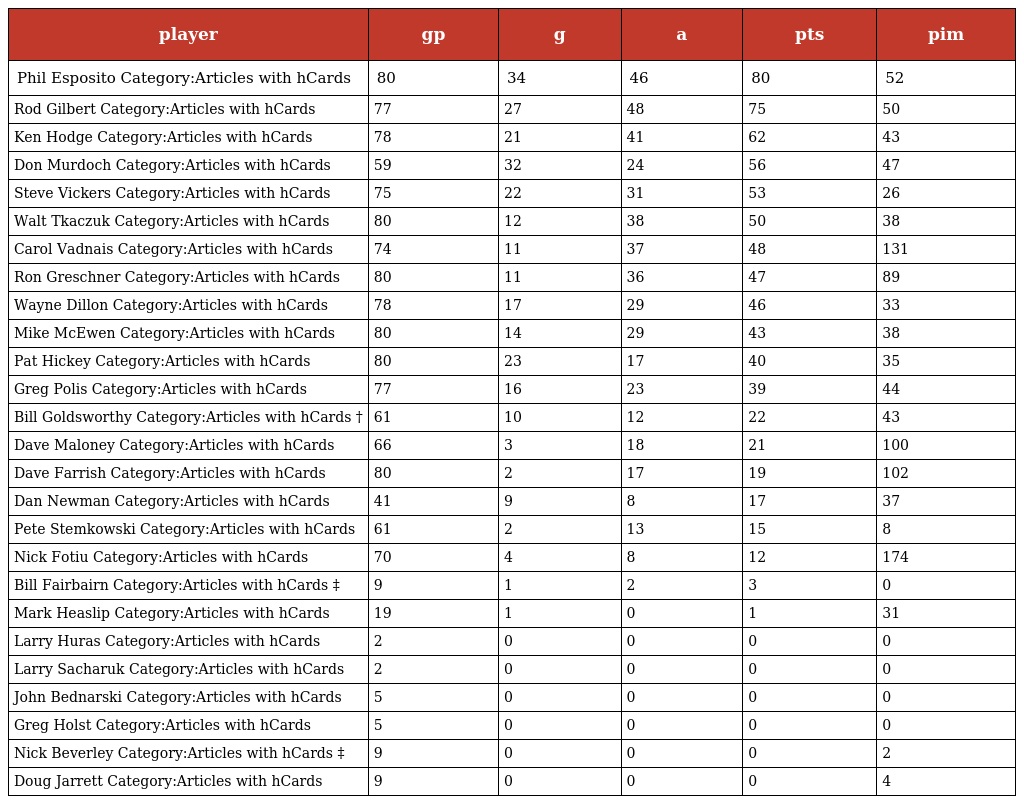
| player | gp | g | a | pts | pim |
 | --- | --- | --- | --- | --- | --- |
 | Phil Esposito Category:Articles with hCards | 80 | 34 | 46 | 80 | 52 |
 | Rod Gilbert Category:Articles with hCards | 77 | 27 | 48 | 75 | 50 |
 | Ken Hodge Category:Articles with hCards | 78 | 21 | 41 | 62 | 43 |
 | Don Murdoch Category:Articles with hCards | 59 | 32 | 24 | 56 | 47 |
 | Steve Vickers Category:Articles with hCards | 75 | 22 | 31 | 53 | 26 |
 | Walt Tkaczuk Category:Articles with hCards | 80 | 12 | 38 | 50 | 38 |
 | Carol Vadnais Category:Articles with hCards | 74 | 11 | 37 | 48 | 131 |
 | Ron Greschner Category:Articles with hCards | 80 | 11 | 36 | 47 | 89 |
 | Wayne Dillon Category:Articles with hCards | 78 | 17 | 29 | 46 | 33 |
 | Mike McEwen Category:Articles with hCards | 80 | 14 | 29 | 43 | 38 |
 | Pat Hickey Category:Articles with hCards | 80 | 23 | 17 | 40 | 35 |
 | Greg Polis Category:Articles with hCards | 77 | 16 | 23 | 39 | 44 |
 | Bill Goldsworthy Category:Articles with hCards † | 61 | 10 | 12 | 22 | 43 |
 | Dave Maloney Category:Articles with hCards | 66 | 3 | 18 | 21 | 100 |
 | Dave Farrish Category:Articles with hCards | 80 | 2 | 17 | 19 | 102 |
 | Dan Newman Category:Articles with hCards | 41 | 9 | 8 | 17 | 37 |
 | Pete Stemkowski Category:Articles with hCards | 61 | 2 | 13 | 15 | 8 |
 | Nick Fotiu Category:Articles with hCards | 70 | 4 | 8 | 12 | 174 |
 | Bill Fairbairn Category:Articles with hCards ‡ | 9 | 1 | 2 | 3 | 0 |
 | Mark Heaslip Category:Articles with hCards | 19 | 1 | 0 | 1 | 31 |
 | Larry Huras Category:Articles with hCards | 2 | 0 | 0 | 0 | 0 |
 | Larry Sacharuk Category:Articles with hCards | 2 | 0 | 0 | 0 | 0 |
 | John Bednarski Category:Articles with hCards | 5 | 0 | 0 | 0 | 0 |
 | Greg Holst Category:Articles with hCards | 5 | 0 | 0 | 0 | 0 |
 | Nick Beverley Category:Articles with hCards ‡ | 9 | 0 | 0 | 0 | 2 |
 | Doug Jarrett Category:Articles with hCards | 9 | 0 | 0 | 0 | 4 |